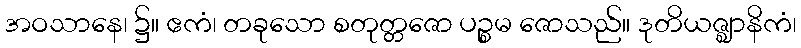
အဝသာနေ၊ ၌။ ဧကံ၊ တခုသော စတုတ္တဇော ပဉ္စမ ဇောသည်။ ဒုတိယဇ္ဈာနိကံ၊